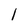
Character: 1